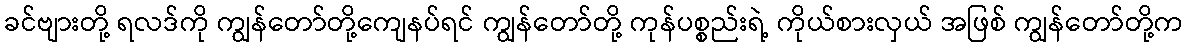
ခင်ဗျားတို့ ရလဒ်ကို ကျွန်တော်တို့ကျေနပ်ရင် ကျွန်တော်တို့ ကုန်ပစ္စည်းရဲ့ ကိုယ်စားလှယ် အဖြစ် ကျွန်တော်တို့က